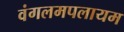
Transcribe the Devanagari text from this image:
वंगलमपलायम